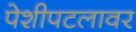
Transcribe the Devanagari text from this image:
पेशीपटलावर